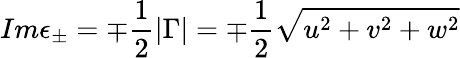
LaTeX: Im\epsilon_{\pm}=\mp\frac 12\left|\Gamma\right|=\mp\frac 12\sqrt{u^{2}+v^{2}+w^{2}}